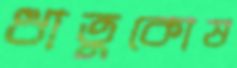
ধাতুকোষ